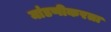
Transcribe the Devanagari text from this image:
मांडणीकरता